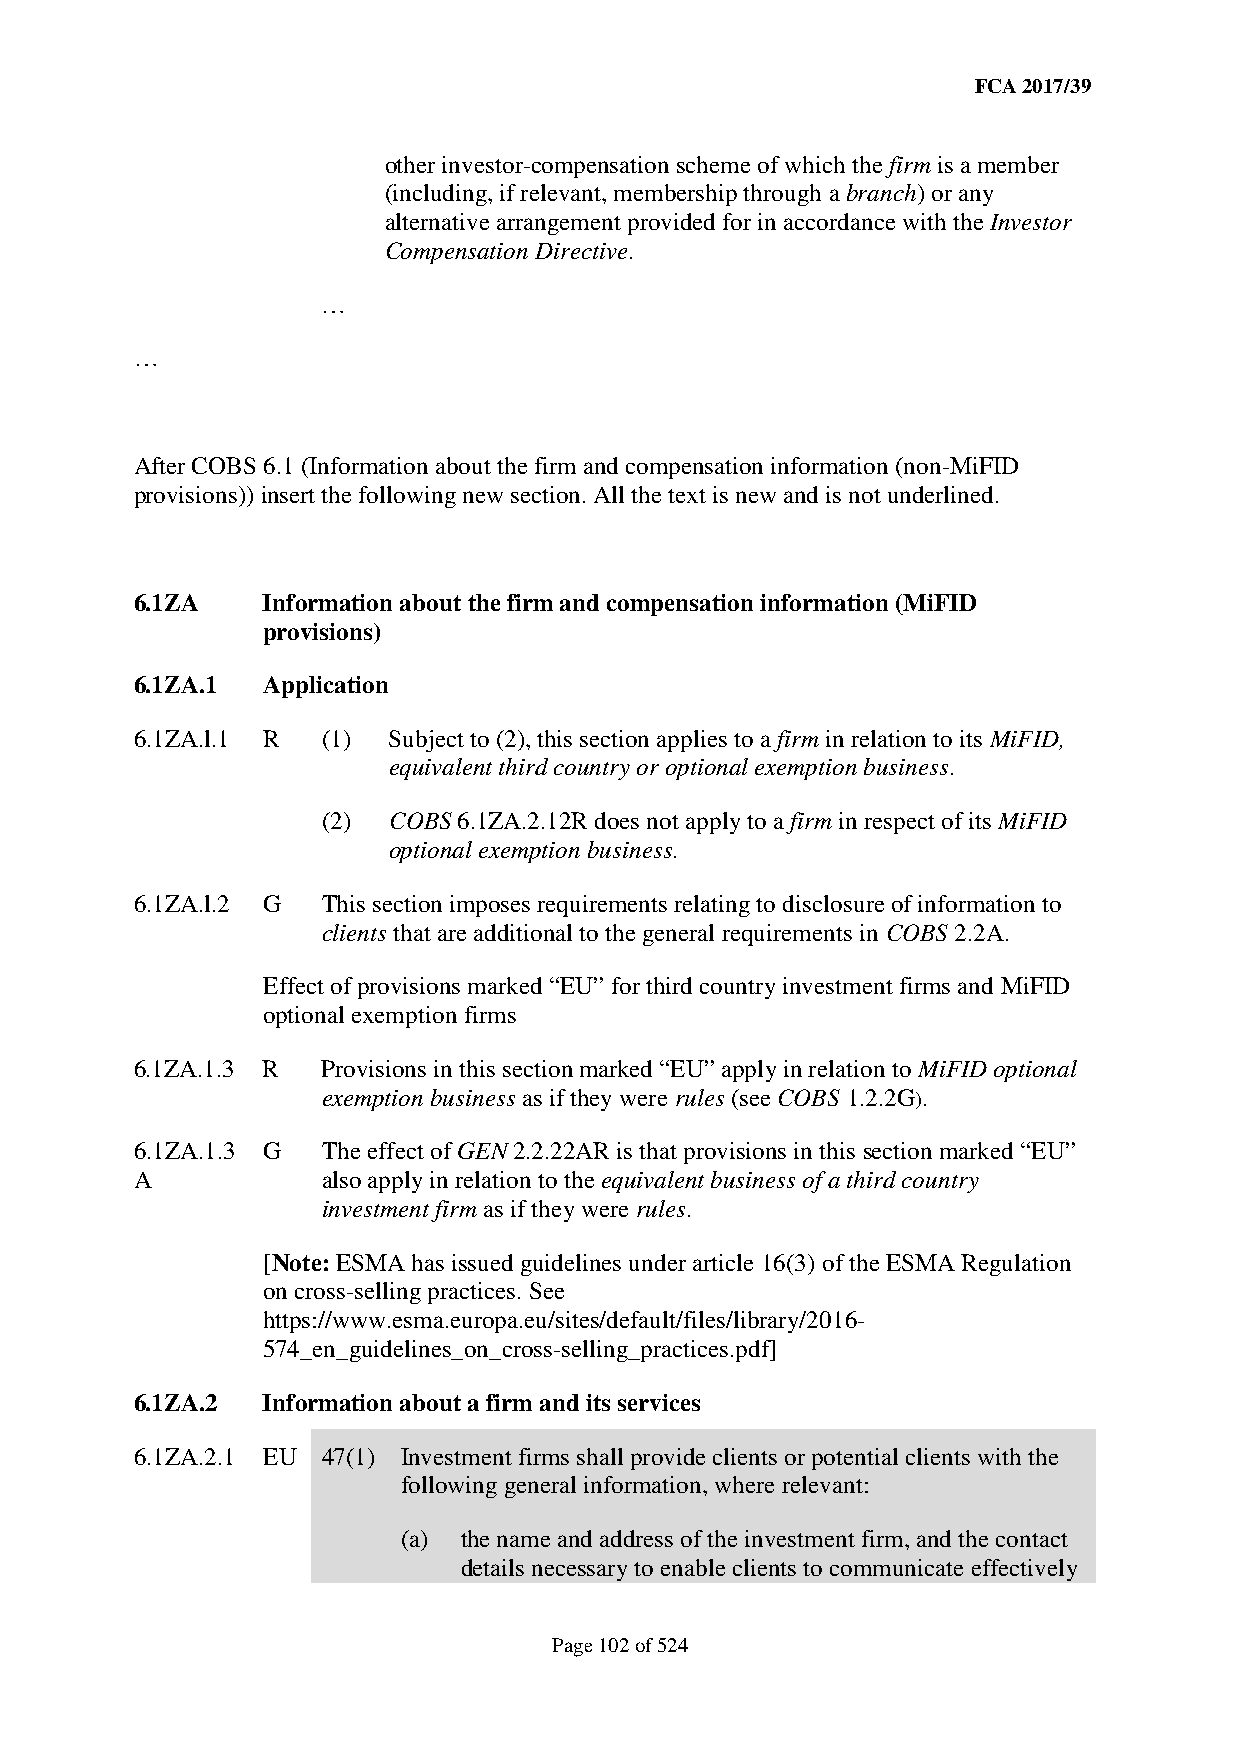
FCA 2017/39
 other investor-compensation scheme of which the firm is a member
 (including, if relevant, membership through a branch) or any
 alternative arrangement provided for in accordance with the Investor
 Compensation Directive.
 …
 …
 After COBS 6.1 (Information about the firm and compensation information (non-MiFID
 provisions)) insert the following new section. All the text is new and is not underlined.
 6.1ZA   Information about the firm and compensation information (MiFID
 provisions)
 6.1ZA.1 Application
 6.1ZA.l.1 R (1)  Subject to (2), this section applies to a firm in relation to its MiFID,
 equivalent third country or optional exemption business.
 (2)  COBS 6.1ZA.2.12R does not apply to a firm in respect of its MiFID
 optional exemption business.
 6.1ZA.l.2 G This section imposes requirements relating to disclosure of information to
 clients that are additional to the general requirements in COBS 2.2A.
 Effect of provisions marked “EU” for third country investment firms and MiFID
 optional exemption firms
 6.1ZA.1.3 R Provisions in this section marked “EU” apply in relation to MiFID optional
 exemption business as if they were rules (see COBS 1.2.2G).
 6.1ZA.1.3 G The effect of GEN 2.2.22AR is that provisions in this section marked “EU”
 A           also apply in relation to the equivalent business of a third country
 investment firm as if they were rules.
 [Note: ESMA has issued guidelines under article 16(3) of the ESMA Regulation
 on cross-selling practices. See
 https://www.esma.europa.eu/sites/default/files/library/2016-
 574_en_guidelines_on_cross-selling_practices.pdf]
 6.1ZA.2 Information about a firm and its services
 6.1ZA.2.1 EU 47(1) Investment firms shall provide clients or potential clients with the
 following general information, where relevant:
 (a) the name and address of the investment firm, and the contact
 details necessary to enable clients to communicate effectively
 Page 102 of 524